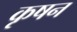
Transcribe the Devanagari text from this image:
कृषन